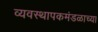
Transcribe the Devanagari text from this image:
व्यवस्थापकमंडळाच्या